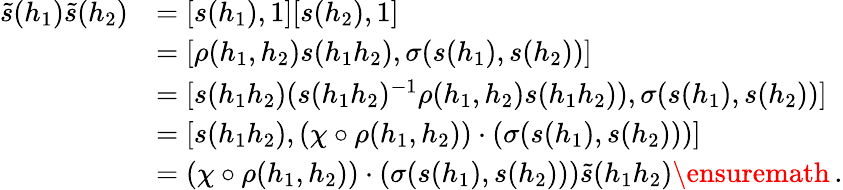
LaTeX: \begin{array}{rl}{\tilde{s}(h_{1})\tilde{s}(h_{2})}&{=[s(h_{1}),1][s(h_{2}),1]}\\ &{=[\rho(h_{1},h_{2})s(h_{1}h_{2}),\sigma(s(h_{1}),s(h_{2}))]}\\ &{=[s(h_{1}h_{2})(s(h_{1}h_{2})^{-1}\rho(h_{1},h_{2})s(h_{1}h_{2})),\sigma(s(h_{1}),s(h_{2}))]}\\ &{=[s(h_{1}h_{2}),(\chi\circ\rho(h_{1},h_{2}))\cdot(\sigma(s(h_{1}),s(h_{2})))]}\\ &{=(\chi\circ\rho(h_{1},h_{2}))\cdot(\sigma(s(h_{1}),s(h_{2})))\tilde{s}(h_{1}h_{2})\ensuremath{\, \mathrm{.}}}\end{array}